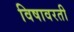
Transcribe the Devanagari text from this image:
विषावरती